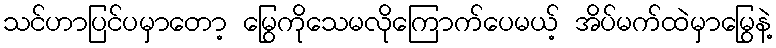
သင်ဟာပြင်ပမှာတော့ မြွေကိုသေမလိုကြောက်ပေမယ့် အိပ်မက်ထဲမှာမြွေနဲ့